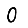
Digit: 0